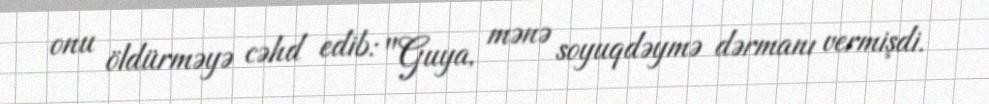
onu öldürməyə cəhd edib: "Guya, mənə soyuqdəymə dərmanı vermişdi.